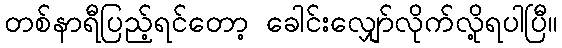
တစ်နာရီပြည့်ရင်တော့ ခေါင်းလျှော်လိုက်လို့ရပါပြီ။